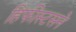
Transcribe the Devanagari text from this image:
हिफीस्टसने